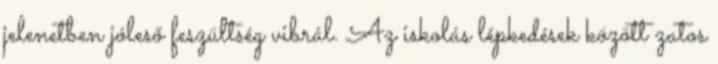
jelenetben jóleső feszültség vibrál. Az iskolás lépkedések között zatos